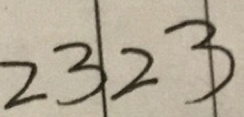
2 3 2 3